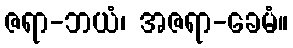
ဇရာ-ဘယံ၊ အဇရာ-ခေမံ။